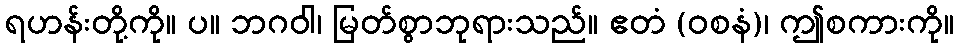
ရဟန်းတို့ကို။ ပ။ ဘဂဝါ၊ မြတ်စွာဘုရားသည်။ ဧတံ (ဝစနံ)၊ ဤစကားကို။